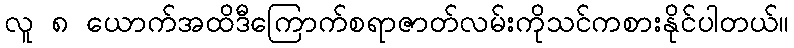
လူ ၈ ယောက်အထိဒီကြောက်စရာဇာတ်လမ်းကိုသင်ကစားနိုင်ပါတယ်။